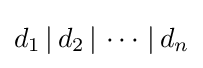
d_{1}\,|\,d_{2}\,|\,\cdots \,|\,d_{n}